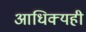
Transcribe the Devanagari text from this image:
आधिक्यही